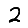
Digit: 2